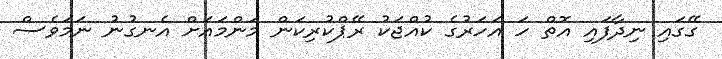
ގޭގައި ނިދާފައި އޮތް ހަ އަހަރުގެ ކުއްޖަކު ރޭޕްކުރިކަން މަންމައަށް އެނގުނު ނަމަވެސް